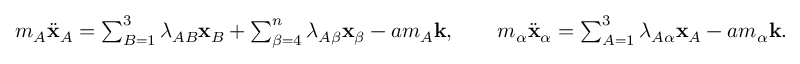
\begin{array} { r } { m _ { A } \ddot { \bf x } _ { A } = \sum _ { B = 1 } ^ { 3 } \lambda _ { A B } { \bf x } _ { B } + \sum _ { \beta = 4 } ^ { n } \lambda _ { A \beta } { \bf x } _ { \beta } - a m _ { A } { \bf k } , \qquad m _ { \alpha } \ddot { \bf x } _ { \alpha } = \sum _ { A = 1 } ^ { 3 } \lambda _ { A \alpha } { \bf x } _ { A } - a m _ { \alpha } { \bf k } . } \end{array}